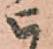
被